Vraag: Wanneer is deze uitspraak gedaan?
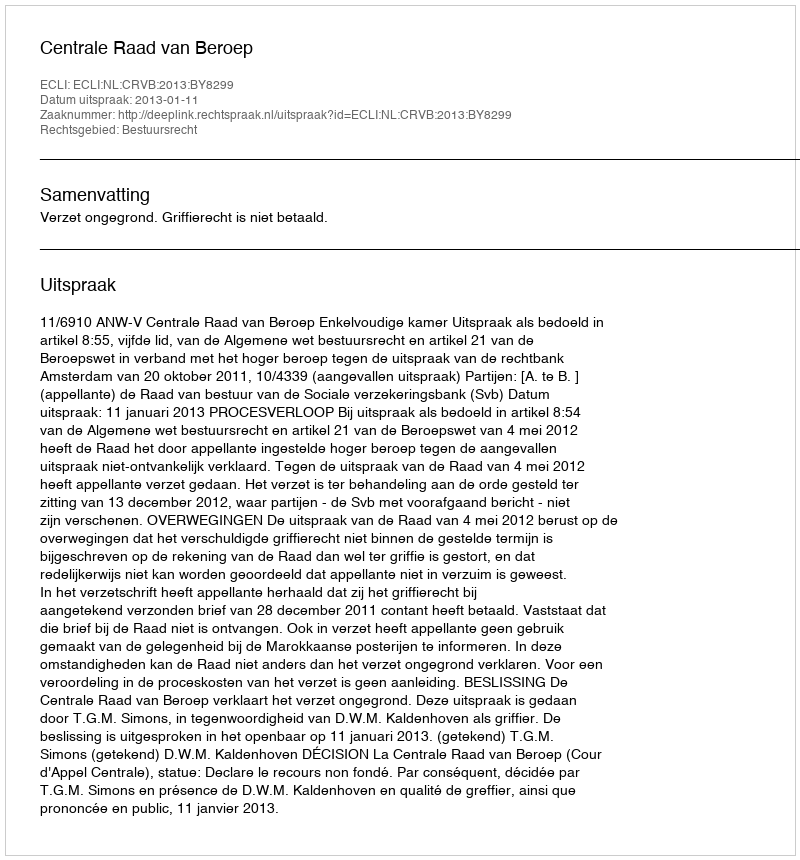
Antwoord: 2013-01-11